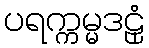
ပရက္ကမ္မဒဠှံ